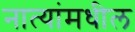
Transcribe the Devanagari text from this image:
नात्यांमधील